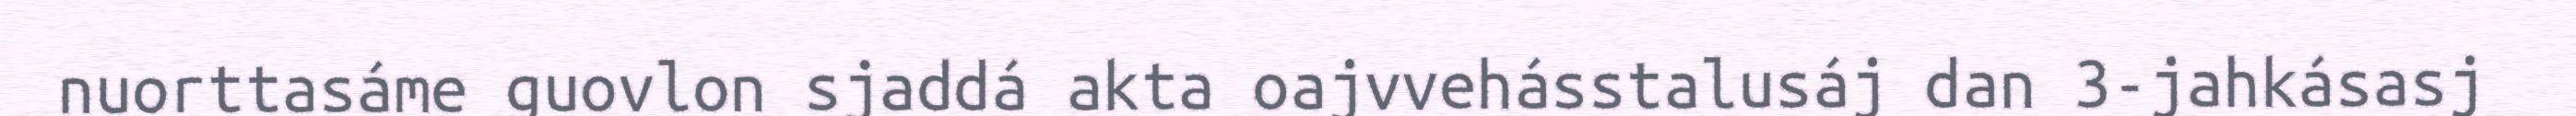
nuorttasáme guovlon sjaddá akta oajvvehásstalusáj dan 3-jahkásasj